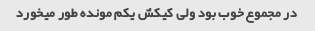
در مجموع خوب بود ولی کیکش یکم مونده طور میخورد